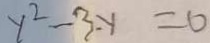
y ^ { 2 } - 3 . y = 0